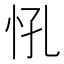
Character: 𢗵